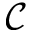
\mathcal { C }